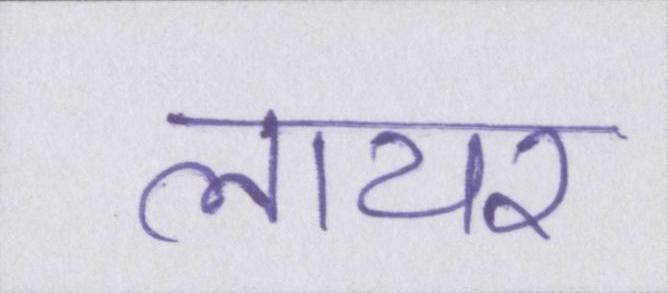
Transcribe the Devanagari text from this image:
लायर